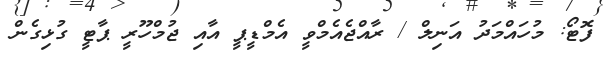
ފޮޓޯ: މުހައްމަދު އަނިލް / ރާއްޖެއެމްވީ އެމްޑީޕީ އާއި ޖުމްހޫރީ ޕާޓީ ގުޅިގެން